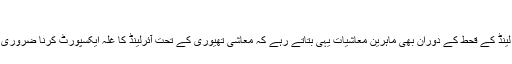
[4]
"آئر لینڈ کے قحط کے دوران بھی ماہرین معاشیات یہی بتاتے رہے کہ معاشی تھیوری کے تحت آئرلینڈ کا غلہ ایکسپورٹ کرنا ضروری ہے۔